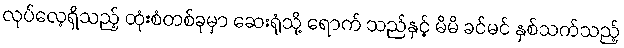
လုပ်လေ့ရှိသည့် ထုံးစံတစ်ခုမှာ ဆေးရုံသို့ ရောက် သည်နှင့် မိမိ ခင်မင် နှစ်သက်သည့်